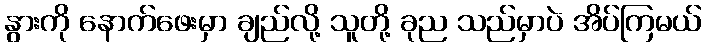
နွားကို နောက်ဖေးမှာ ချည်လို့ သူတို့ ခုည သည်မှာပဲ အိပ်ကြမယ်